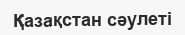
Қазақстан сәулеті